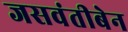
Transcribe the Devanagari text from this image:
जसवंतीबेन